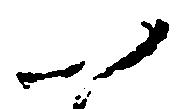
以